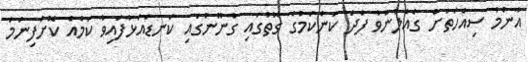
އާންމު ސިއްހަތަށް ގެއްލުންވާ ފަދަ ކަންކަމުގެ ގޮތުގައި ގާނޫނުގައި ކަނޑައަޅާފައިވާ ކަމެއް ކޮށްފިނަމަ